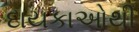
દાયકાઓથી